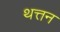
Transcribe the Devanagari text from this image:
थत्तन